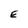
Character: E